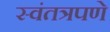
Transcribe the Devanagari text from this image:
स्वंतत्रपणे